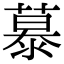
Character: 𪷂